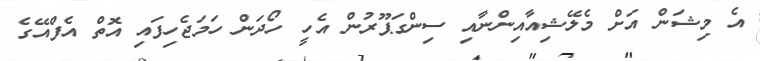
އެ މިޝަން އަށް މެލޭޝިއާއިންނާއި ސިންގަޕޫރުން އެހީ ހޯދަން ހަމަޖެހިފައި އޮތް އެފްއޭގެ